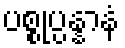
ပစ္စုပ္ပန္နာနံ